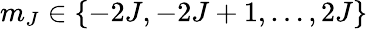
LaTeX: m_{J}\in\{ -2J,-2J+1,\ldots,2J\}